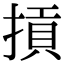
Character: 摃